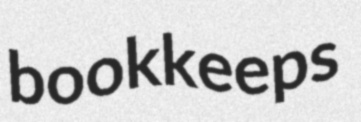
bookkeeps